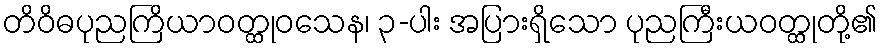
တိဝိဓပုညကြိယာဝတ္ထုဝသေန၊ ၃-ပါး အပြားရှိသော ပုညကြီးယဝတ္ထုတို့၏